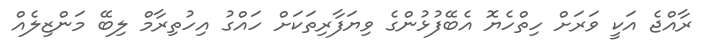
ރާއްޖެ އަކީ ވަރަށް ހިތްހެޔޮ އެބޭފުޅުންގެ ވިޔަފާރިތަކަށް ހައްގު އިހުތިރާމް ލިބޭ މަންޒިލެއް